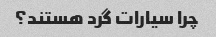
چرا سیارات گرد هستند؟